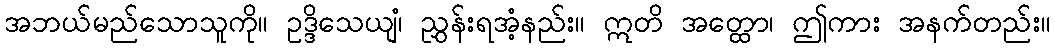
အဘယ်မည်သောသူကို။ ဥဒ္ဒိသေယျံ၊ ညွှန်းရအံ့နည်း။ ဣတိ အတ္ထော၊ ဤကား အနက်တည်း။